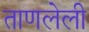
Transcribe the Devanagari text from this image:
ताणलेली